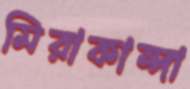
মিরাকান্দা